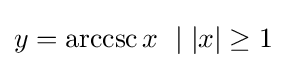
y=\operatorname {arccsc} x\ \mid |x|\geq 1